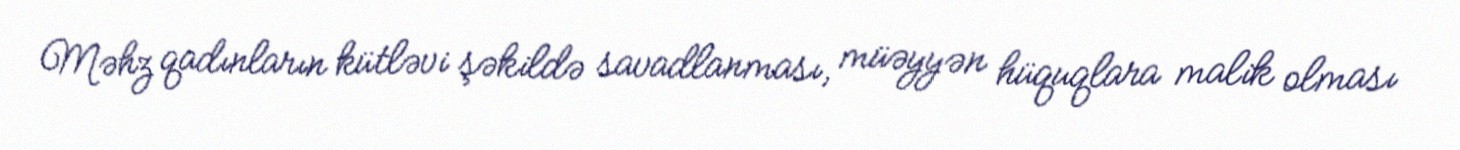
Məhz qadınların kütləvi şəkildə savadlanması, müəyyən hüquqlara malik olması